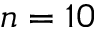
n = 1 0